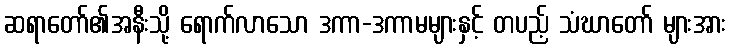
ဆရာတော်၏အနီးသို့ ရောက်လာသော ဒကာ-ဒကာမများနှင့် တပည့် သံဃာတော် များအား